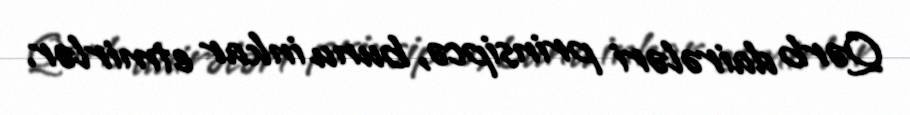
Qərb dairələri prinsipcə, bunu inkar etmirlər.